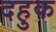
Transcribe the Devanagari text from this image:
दहुक